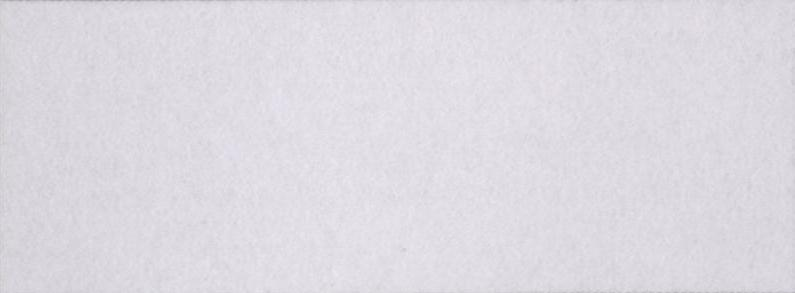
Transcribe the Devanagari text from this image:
गुज़रता